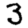
Digit: 3